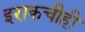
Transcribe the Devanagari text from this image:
इराकचीही